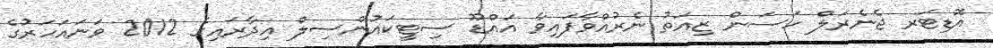
އޮޑިޓަރ ޖެނެރަލް ހަސަން ޒިއަތު ނެރުއްވާފައިވާ އައްޑޫ ސިޓީކައުންސިލް އިދާރައިގެ 2012 ވަނައަހަރުގެ